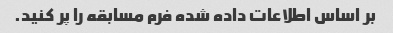
بر اساس اطلاعات داده شده فرم مسابقه را پر کنید.